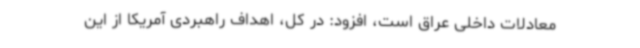
معادلات داخلی عراق است، افزود: در کل، اهداف راهبردی آمریکا از این